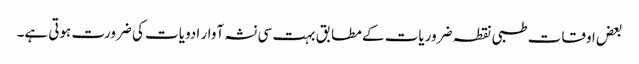
بعض اوقات طبی نقطہ ضروریات کے مطابق بہت سی نشہ آوار ادویات کی ضرورت ہوتی ہے۔